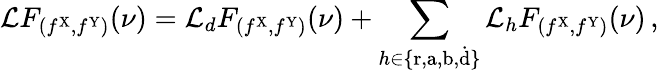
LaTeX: \mathcal{L}F_{(f^{\mathrm{X}},f^{\mathrm{Y}})}(\nu)=\mathcal{L}_{d}F_{(f^{\mathrm{X}},f^{\mathrm{Y}})}(\nu)+\sum_{h\in\{ \mathrm{r},\mathrm{a},\mathrm{b},\dot{\mathrm{d}}\} }\mathcal{L}_{h}F_{(f^{\mathrm{X}},f^{\mathrm{Y}})}(\nu)\, ,